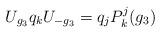
LaTeX: \begin{align*}U_{g_3} q_k U_{-g_3}=q_jP^j_k(g_3) \end{align*}